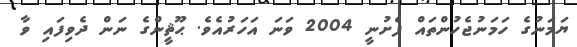
ޔަމަނުގެ ހަމަނުޖެހުންތައް ފެށުނީ 2004 ވަނަ އަހަރުއެވެ. ޙޫޘީންގެ ނަން ދެވިފައި ވާ